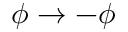
\phi \to - \phi